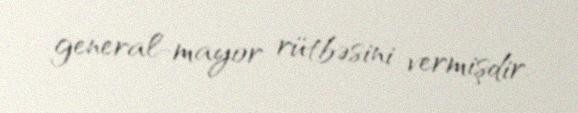
general-mayor rütbəsini vermişdir.